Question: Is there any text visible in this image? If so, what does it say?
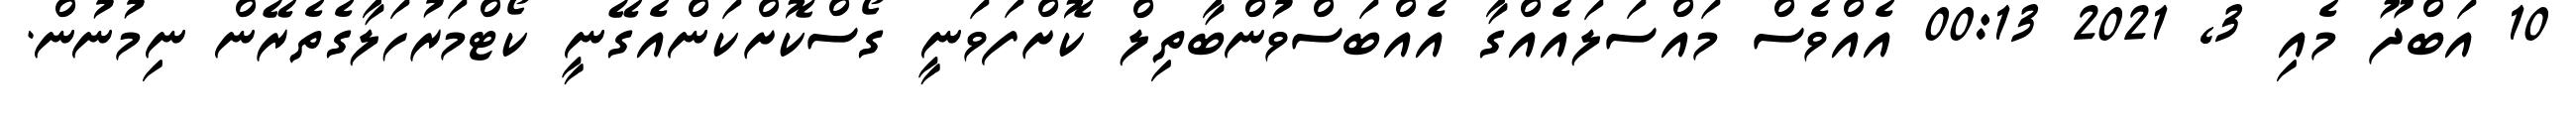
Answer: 10 އަބްދޫ މެއި 3, 2021 00:13 އެއްވެސް މައްސަލައެއްގާ އެއްބަސްވުންބާތިލް ކޮށްފަވަނީ ގޯސްކޮށްކަންއެގޭނީ ކޯޓްމަރުހަލާގެތެރޭން ނިމުނުން.